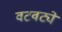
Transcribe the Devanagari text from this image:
वटवट्ये